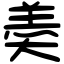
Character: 𡙡